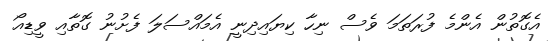
އެގޮތުން އެންމެ ފުރަތަމަ ވެސް ނިހާ ކިޔައިދިނީ އެމައްސަލަ ފެށުނު ގޮތާއި ވީޑިއޯ